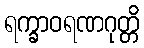
ရက္ခာဝရဏဂုတ္တိ